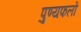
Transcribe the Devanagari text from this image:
पुण्यफलों